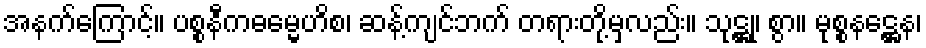
အနက်ကြောင့်။ ပစ္စနီကဓမ္မေဟိစ၊ ဆန့်ကျင်ဘက် တရားတို့မှလည်း။ သုဋ္ဌု၊ စွာ။ မုစ္စနဋ္ဌေန၊